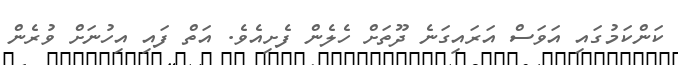
ކަންކަމުގައި އަވަސް އަރައިގަނެ ދޫތަށް ހެލެން ފެށިއެވެ. އަތް ފައި އިހުނަށް ވުރެން